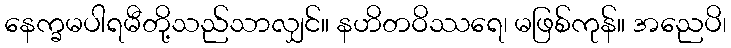
နေက္ခမပါရမီတို့သည်သာလျှင်။ နဟိတဝိဿရေ၊ မဖြစ်ကုန်။ အညေပိ၊